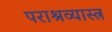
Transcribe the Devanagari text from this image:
पराश्रव्यास्त्र